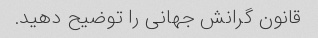
قانون گرانش جهانی را توضیح دهید.